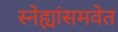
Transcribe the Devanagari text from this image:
स्नेह्यांसमवेत